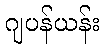
ဂျပန်ယန်း